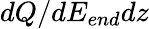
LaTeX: dQ/dE_{end}dz